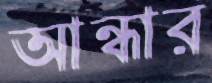
আন্ধার